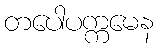
တပေါပက္ကမေန